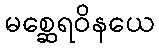
မစ္ဆေရဝိနယေ